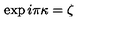
\exp i \pi \kappa = \zeta